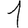
Digit: 1